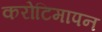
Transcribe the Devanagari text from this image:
करोटिमापन